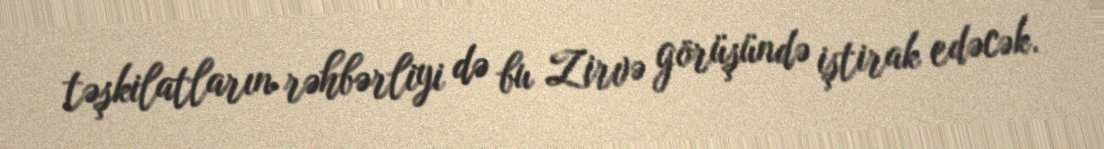
təşkilatların rəhbərliyi də bu Zirvə görüşündə iştirak edəcək.